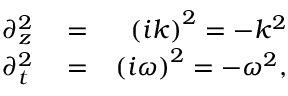
\begin{array} { r l r } { \partial _ { z } ^ { 2 } } & { { } = } & { \left( i k \right) ^ { 2 } = - k ^ { 2 } } \\ { \partial _ { t } ^ { 2 } } & { { } = } & { \left( i \omega \right) ^ { 2 } = - \omega ^ { 2 } , } \end{array}